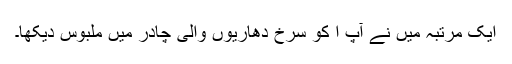
ایک مرتبہ میں نے آپ ا کو سرخ دھاریوں والی چادر میں ملبوس دیکھا۔